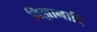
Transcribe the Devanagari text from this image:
विज्ञानादि